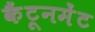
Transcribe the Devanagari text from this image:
कैंटूनमेंट